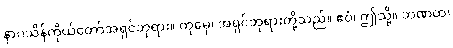
နာဂသိန်ကိုယ်တော်အရှင်ဘုရား။ တုမှေ၊ အရှင်ဘုရားတို့သည်။ ဧဝံ၊ ဤသို့။ ဘဏထ၊